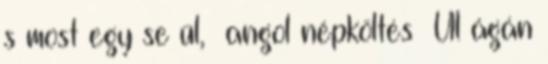
s most egy se ül, angol népköltés Ül ágán